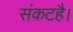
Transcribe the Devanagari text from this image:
संकटहै।